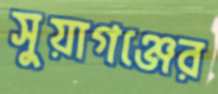
সুয়াগঞ্জের